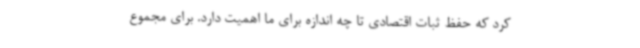
کرد که حفظ ثبات اقتصادی تا چه اندازه برای ما اهمیت دارد. برای مجموع